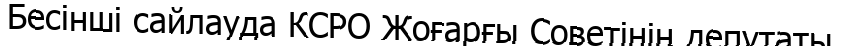
Бесінші сайлауда КСРО Жоғарғы Советінің депутаты.